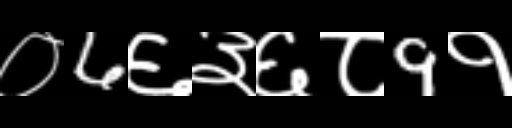
Text: ०6६३६८9१